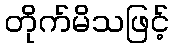
တိုက်မိသဖြင့်